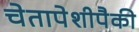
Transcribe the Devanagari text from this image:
चेतापेशीपैकी